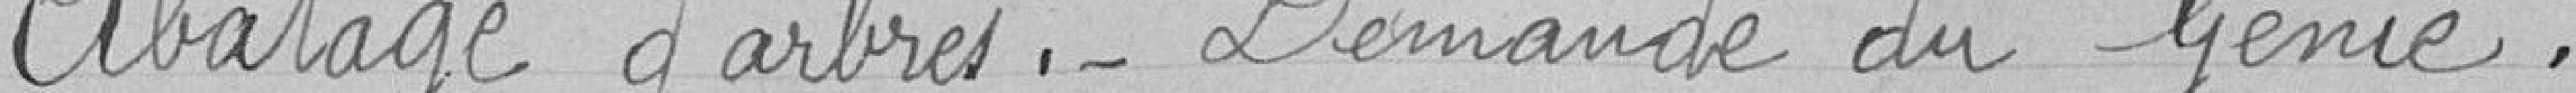
Abattage d'arbres.- Demande du Génie .